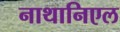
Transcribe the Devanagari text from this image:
नाथानिएल